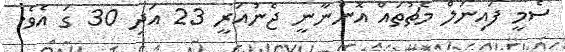
ސެމީ ފައިނަލް މެޗުތައް އޮންނާނީ ޖެނުއަރީ 23 އަދި 30 ގަ އެވެ.